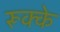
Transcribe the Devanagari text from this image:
रूक्‍के